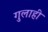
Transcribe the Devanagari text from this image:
गुलाही